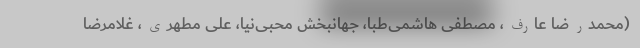
(محمدرضا عارف، مصطفی هاشمی‌طبا، جهانبخش محبی‌نیا، علی مطهری، غلامرضا